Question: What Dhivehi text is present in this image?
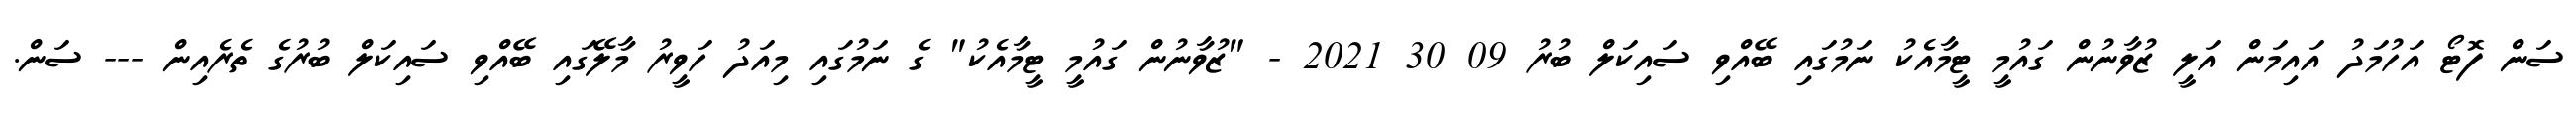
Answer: ސަން ފޮޓޯ އަހުމަދު އައިމަން އަލީ ޒުވާނުން ގައުމީ ޓީމާއެކު ނަމުގައި ބޭއްވި ސައިކަލް ބުރު 09 30 2021 - "ޒުވާނުން ގައުމީ ޓީމާއެކު" ގެ ނަމުގައި މިއަދު ހަވީރު މާލޭގައި ބޭއްވި ސައިކަލް ބުރުގެ ތެރެއިން --- ސަން.